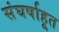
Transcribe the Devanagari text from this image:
संघर्षाहूत